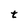
Character: t